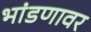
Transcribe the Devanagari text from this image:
भांडणावर